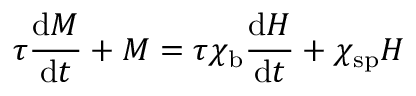
\tau { \frac { \mathrm { d } M } { \mathrm { d } t } } + M = \tau \chi _ { \mathrm { b } } { \frac { \mathrm { d } H } { \mathrm { d } t } } + \chi _ { \mathrm { s p } } H